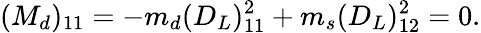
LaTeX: (M_{d})_{11}=-m_{d}(D_{L})_{11}^{2}+m_{s}(D_{L})_{12}^{2}=0.